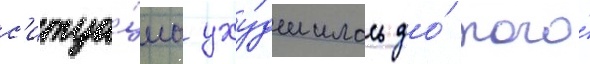
с'итуа́циа уху́дшилась до́ того́